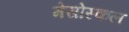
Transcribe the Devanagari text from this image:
मेसोस्कल